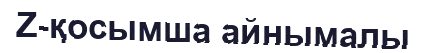
Z-қосымша айнымалы